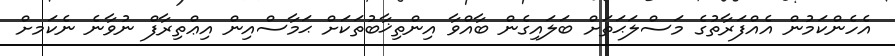
އެހެންކަމުން އެއްފަރާތުގެ މަސްލަޙަތަށް ބަލައިގެން ބާއްވާ އިންތިޚާބުތަކަށް ޙަމާސްއިން އިޢްތިރާފް ނުވާނެ ނެކަމށް